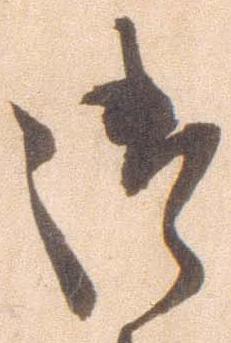
御